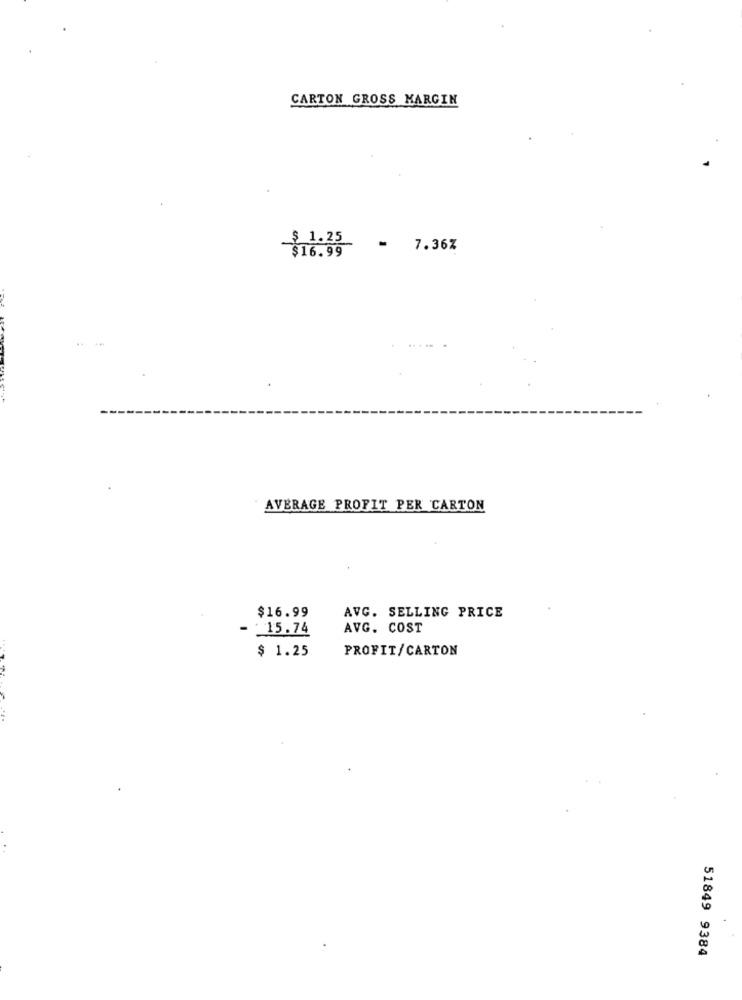
CARTON GROSS MARGIN
$ 1.25
= 7.36%
$16.99
AVERAGE PROFIT PER CARTON
$16.99
AVG. SELLING PRICE
15.74
AVG. COST
$ 1.25
PROFIT/CARTON
51849 9384